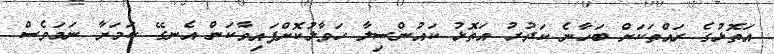
އަތޮޅުގެ ރައްތަކަށް ބަހާނެ ކަދުރު އަތޮޅު ކައުންސިލާ ހަވާލުކޮށްފައިވާކަން އެނގޭ ކަމަށާ ނަމަވެސް